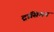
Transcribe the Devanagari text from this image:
ट्रांसिशन